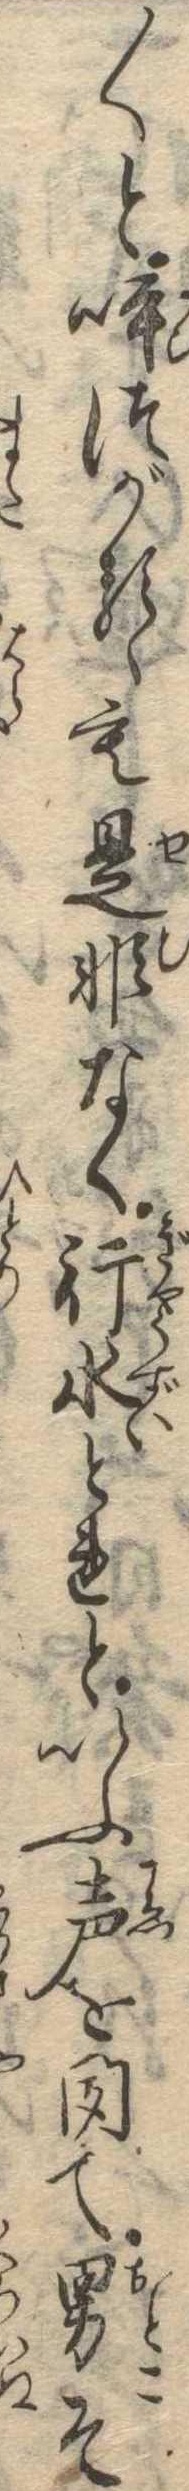
〱と呼つがるゝも是非なく行水とれといふ声を聞て男そ